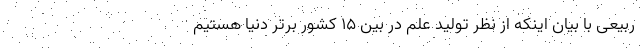
ربیعی با بیان اینکه از نظر تولید علم در بین ۱۵ کشور برتر دنیا هستیم